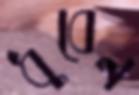
ধুবেন